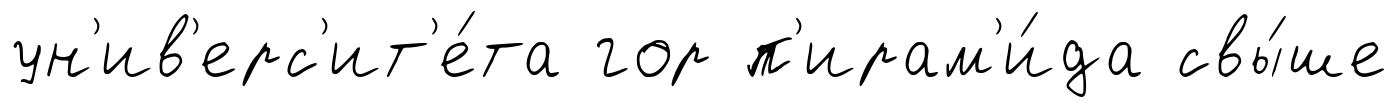
ун'ив'ерс'ит'е́та гор п'ирам'и́да свы́ше